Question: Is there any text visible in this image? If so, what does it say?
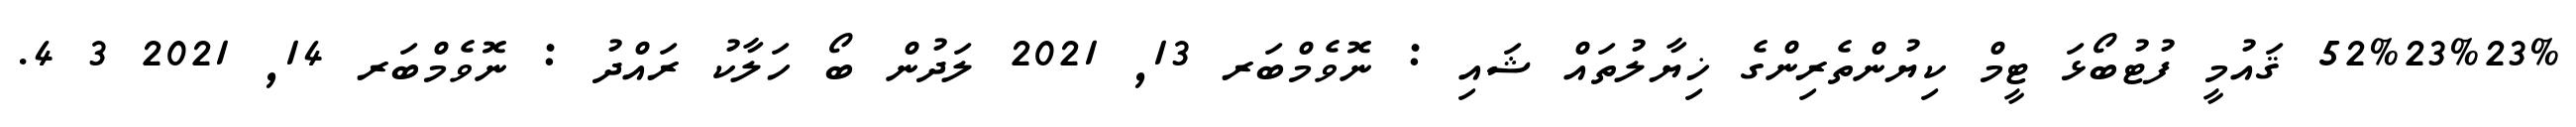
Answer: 52%23%23% ޤައުމީ ފުޓުބޯޅަ ޓީމް ކިޔުންތެރިންގެ ޚިޔާލުތައް ޝައި : ނޮވެމްބަރ 13, 2021 ލަދުން ބޯ ހަލާކު ރައްދު : ނޮވެމްބަރ 14, 2021 3 4.